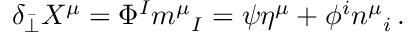
\delta _ { \bar { \perp } } X ^ { \mu } = \Phi ^ { I } m ^ { \mu } { } _ { I } = \psi \eta ^ { \mu } + \phi ^ { i } n ^ { \mu } { } _ { i } \, .